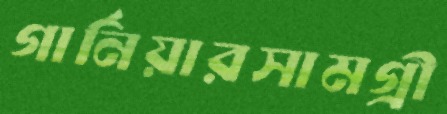
গার্নিয়ারসামগ্রী